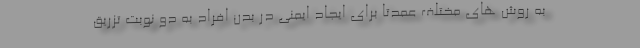
به روش های مختلف عمدتا برای ایجاد ایمنی در بدن افراد به دو نوبت تزریق